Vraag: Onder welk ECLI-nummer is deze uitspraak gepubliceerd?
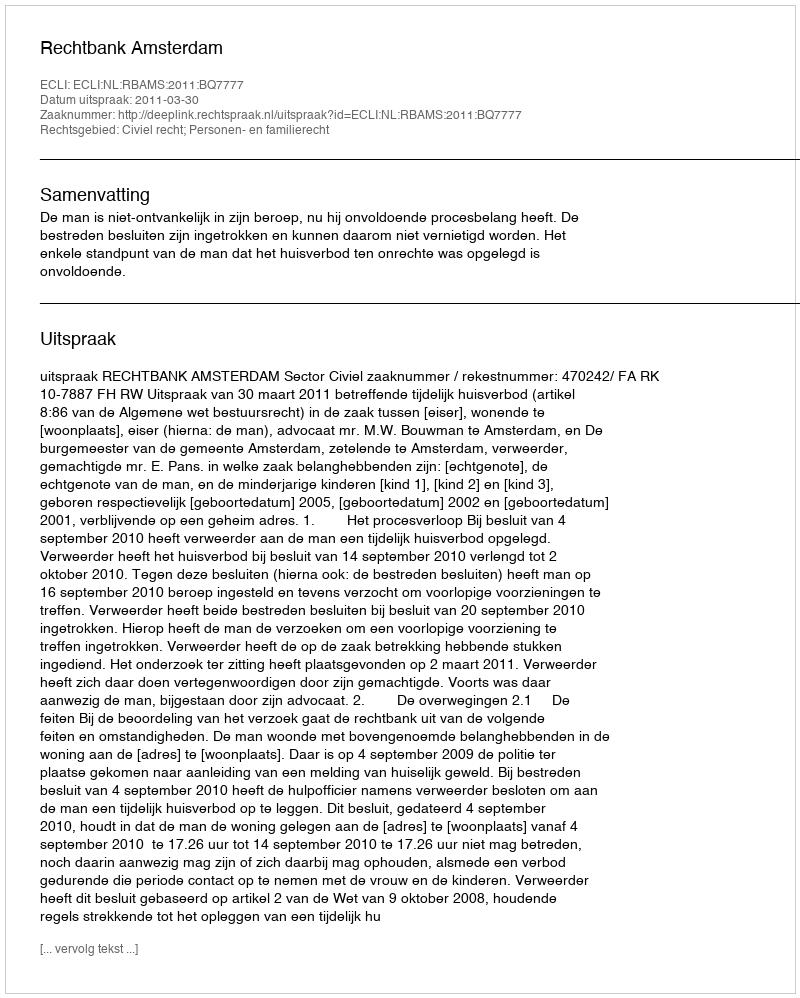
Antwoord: ECLI:NL:RBAMS:2011:BQ7777